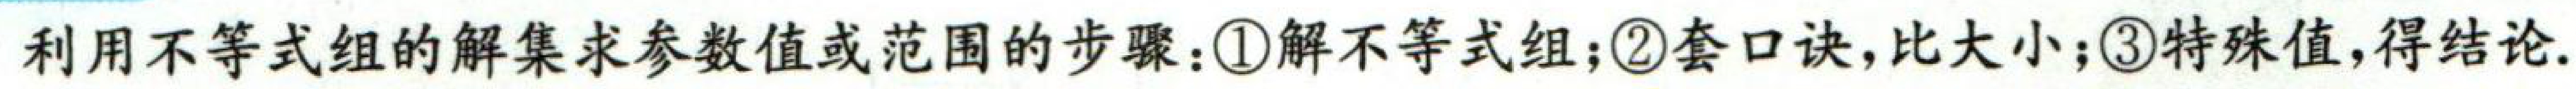
利用不等式组的解集求参数值或范围的步骤：\textcircled{1}解不等式组；\textcircled{2}套口诀，比大小；\textcircled{3}特殊值，得结论.